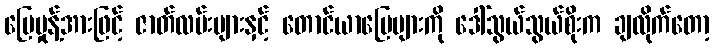
မြေမှုန့်အားဖြင့် ဇာတ်လမ်းများနှင့် တောင်ယာမြေများကို ဒေါ်သွယ်သွယ်စိုးက ချလိုက်တော့